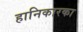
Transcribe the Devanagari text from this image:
हानिकारका